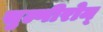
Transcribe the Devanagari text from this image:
सुल्गीरोन्